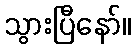
သွားပြီနော်။